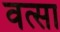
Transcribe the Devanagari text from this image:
वत्सा